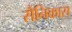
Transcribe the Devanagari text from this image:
सैनिकास